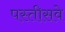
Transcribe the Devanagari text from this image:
पस्तीसवे